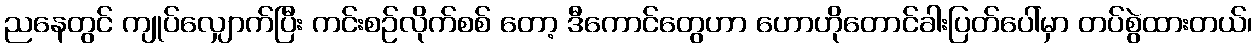
ညနေတွင် ကျုပ်လျှောက်ပြီး ကင်းစဉ်လိုက်စစ် တော့ ဒီကောင်တွေဟာ ဟောဟိုတောင်ခါးပြတ်ပေါ်မှာ တပ်စွဲထားတယ်၊